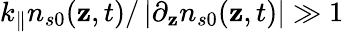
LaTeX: k_{\parallel}n_{s0}(\mathbf{z},t)/\left|\partial_{\mathbf{z}}n_{s0}(\mathbf{z},t)\right|\gg1